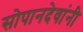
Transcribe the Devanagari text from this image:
सोपानदेवांनी